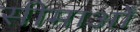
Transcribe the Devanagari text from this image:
सीमाओँ